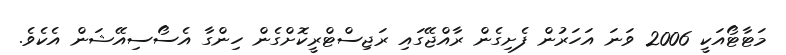
މަޓާޓޯއަކީ 2006 ވަނަ އަހަރުން ފެށިގެން ރާއްޖޭގައި ރަޖިސްޓްރީކޮށްގެން ހިންގާ އެސޯސިއޭޝަން އެކެވެ.